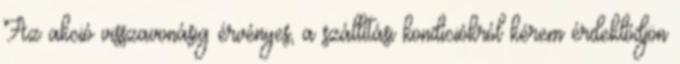
Az akció visszavonásig érvényes, a szállítási kondíciókról kérem érdeklődjön